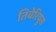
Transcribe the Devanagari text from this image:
तिबेरियुस